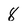
Character: 8